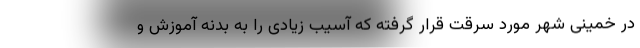
در خمینی شهر مورد سرقت قرار گرفته که آسیب زیادی را به بدنه آموزش و